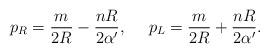
LaTeX: \begin{align*}p_{R}={m\over{2R}}-{{nR}\over{2\alpha^{\prime}}}, \ \ \ \ p_{L}={m\over{2R}}+{{nR}\over{2\alpha^{\prime}}}.\end{align*}